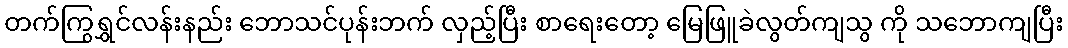
တက်ကြွရွှင်လန်းနည်း ဘောသင်ပုန်းဘက် လှည့်ပြီး စာရေးတော့ မြေဖြူခဲလွတ်ကျသွ ကို သဘောကျပြီး